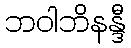
ဘဝါဘိနန္ဒီ